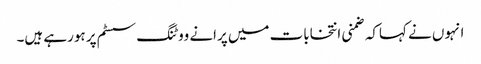
انہوں نے کہاکہ ضمنی انتخابات میں پرانے ووٹنگ سسٹم پر ہورہے ہیں۔